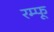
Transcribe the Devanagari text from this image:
रम्फू